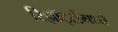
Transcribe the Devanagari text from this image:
रिझॉर्ट्‍समध्ये